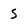
Character: 5